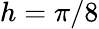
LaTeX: h=\pi/8